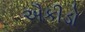
ઐકીડો